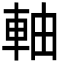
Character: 軸